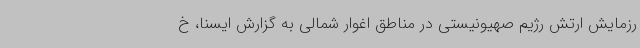
رزمایش ارتش رژیم صهیونیستی در مناطق اغوار شمالی به گزارش ایسنا، خ